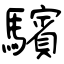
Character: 驞